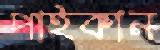
পাইকান